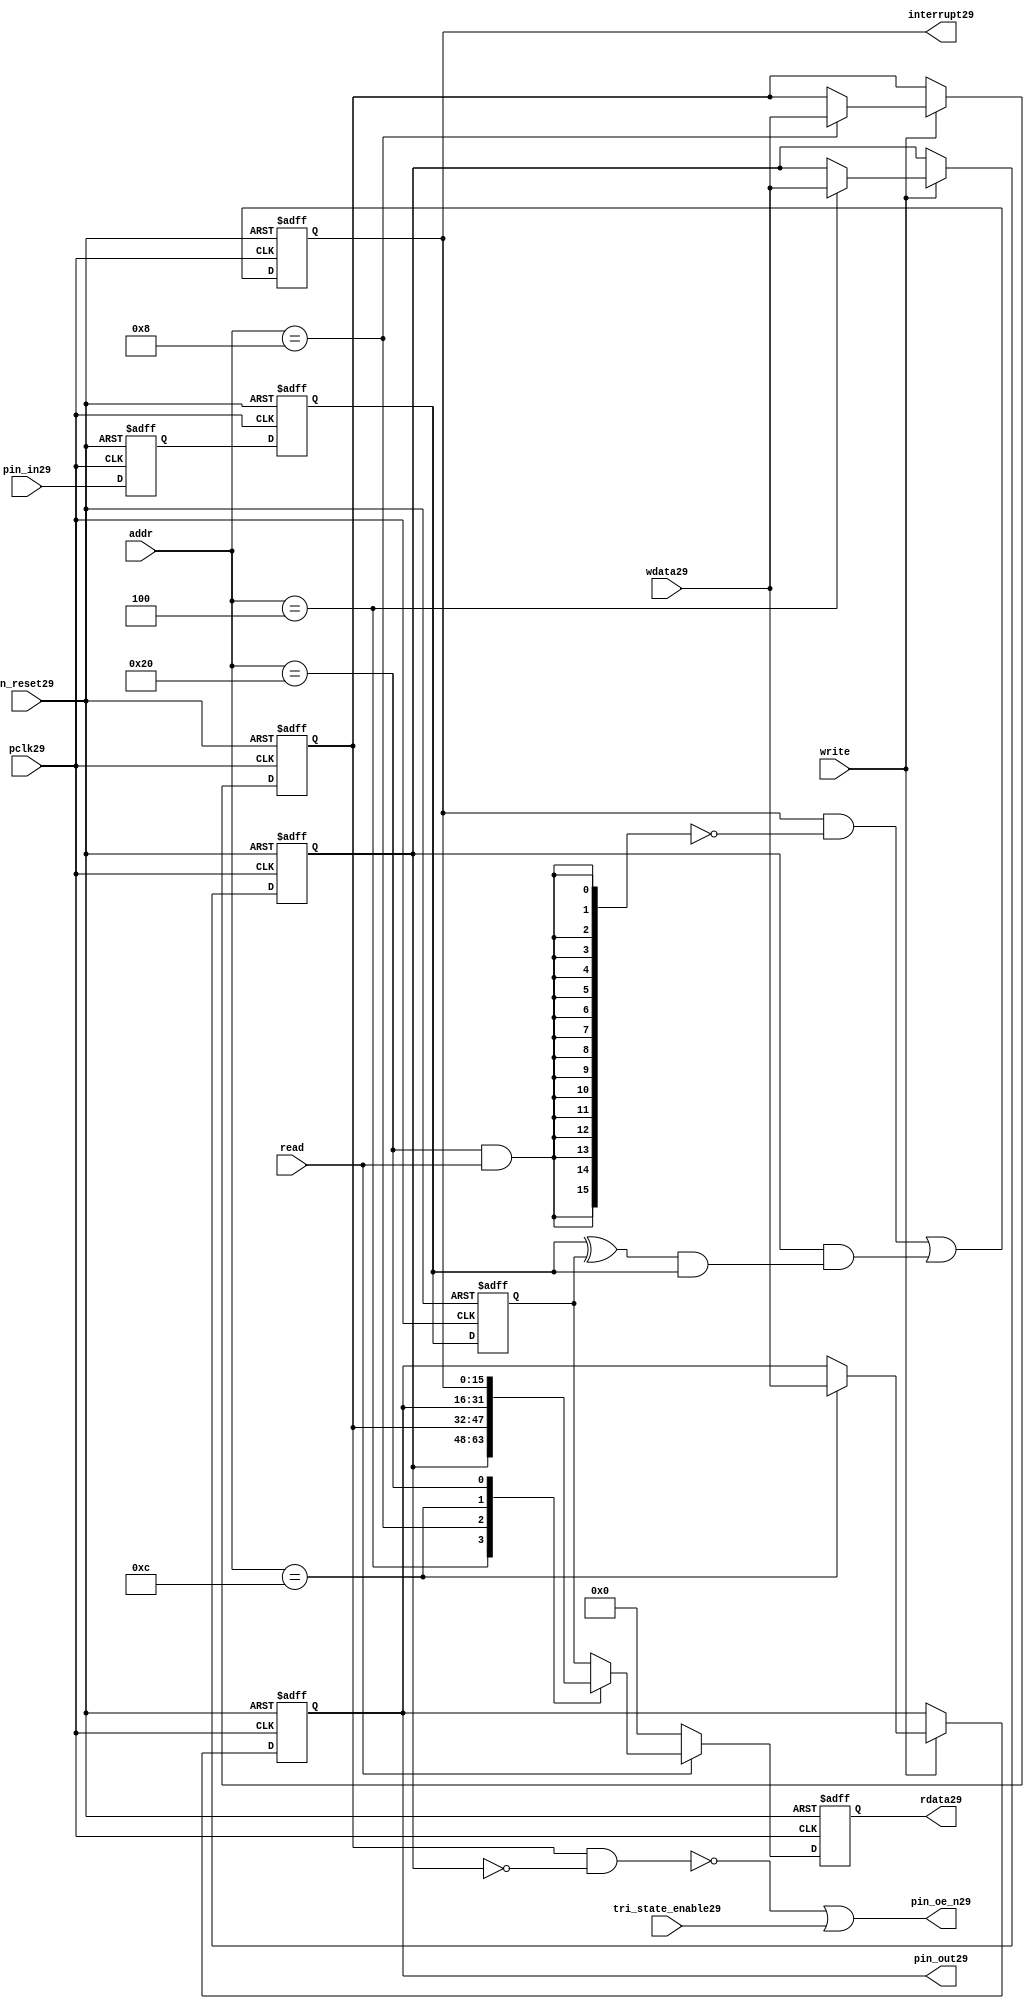
//File29 name   : gpio_lite_subunit29.v
//Title29       : 
//Created29     : 1999
//Description29 : Parametrised29 GPIO29 pin29 circuits29
//Notes29       : 
//----------------------------------------------------------------------
//   Copyright29 1999-2010 Cadence29 Design29 Systems29, Inc29.
//   All Rights29 Reserved29 Worldwide29
//
//   Licensed29 under the Apache29 License29, Version29 2.0 (the
//   "License29"); you may not use this file except29 in
//   compliance29 with the License29.  You may obtain29 a copy of
//   the License29 at
//
//       http29://www29.apache29.org29/licenses29/LICENSE29-2.0
//
//   Unless29 required29 by applicable29 law29 or agreed29 to in
//   writing, software29 distributed29 under the License29 is
//   distributed29 on an "AS29 IS29" BASIS29, WITHOUT29 WARRANTIES29 OR29
//   CONDITIONS29 OF29 ANY29 KIND29, either29 express29 or implied29.  See
//   the License29 for the specific29 language29 governing29
//   permissions29 and limitations29 under the License29.
//----------------------------------------------------------------------


module gpio_lite_subunit29(
  //Inputs29

  n_reset29,
  pclk29,

  read,
  write,
  addr,

  wdata29,
  pin_in29,

  tri_state_enable29,

  //Outputs29
 
  interrupt29,

  rdata29,
  pin_oe_n29,
  pin_out29

);
 
   // Inputs29
   
   // Clocks29   
   input n_reset29;            // asynch29 reset, active low29
   input pclk29;               // Ppclk29

   // Controls29
   input read;               // select29 GPIO29 read
   input write;              // select29 GPIO29 write
   input [5:0] 
         addr;               // address bus of selected master29

   // Dataflow29
   input [15:0]
         wdata29;              // GPIO29 Input29
   input [15:0]
         pin_in29;             // input data from pin29

   //Design29 for Test29 Inputs29
   input [15:0]
         tri_state_enable29;   // disables29 op enable -> Z29




   
   // Outputs29
   
   // Controls29
   output [15:0]
          interrupt29;         // interupt29 for input pin29 change

   // Dataflow29
   output [15:0]
          rdata29;             // GPIO29 Output29
   output [15:0]
          pin_oe_n29;          // output enable signal29 to pin29
   output [15:0]
          pin_out29;           // output signal29 to pin29
   



   
   // Registers29 in module

   //Define29 Physical29 registers in amba_unit29
   reg    [15:0]
          direction_mode29;     // 1=Input29 0=Output29              RW
   reg    [15:0]
          output_enable29;      // Output29 active                 RW
   reg    [15:0]
          output_value29;       // Value outputed29 from reg       RW
   reg    [15:0]
          input_value29;        // Value input from bus          R
   reg    [15:0]
          int_status29;         // Interrupt29 status              R

   // registers to remove metastability29
   reg    [15:0]
          s_synch29;            //stage_two29
   reg    [15:0]
          s_synch_two29;        //stage_one29 - to ext pin29
   
   
    
          
   // Registers29 for outputs29
   reg    [15:0]
          rdata29;              // prdata29 reg
   wire   [15:0]
          pin_oe_n29;           // gpio29 output enable
   wire   [15:0]
          pin_out29;            // gpio29 output value
   wire   [15:0]
          interrupt29;          // gpio29 interrupt29
   wire   [15:0]
          interrupt_trigger29;  // 1 sets29 interrupt29 status
   reg    [15:0]
          status_clear29;       // 1 clears29 interrupt29 status
   wire   [15:0]
          int_event29;          // 1 detects29 an interrupt29 event

   integer ia29;                // loop variable
   


   // address decodes29
   wire   ad_direction_mode29;  // 1=Input29 0=Output29              RW
   wire   ad_output_enable29;   // Output29 active                 RW
   wire   ad_output_value29;    // Value outputed29 from reg       RW
   wire   ad_int_status29;      // Interrupt29 status              R
   
//Register addresses29
//If29 modifying29 the APB29 address (PADDR29) width change the following29 bit widths29
parameter GPR_DIRECTION_MODE29   = 6'h04;       // set pin29 to either29 I29 or O29
parameter GPR_OUTPUT_ENABLE29    = 6'h08;       // contains29 oe29 control29 value
parameter GPR_OUTPUT_VALUE29     = 6'h0C;       // output value to be driven29
parameter GPR_INPUT_VALUE29      = 6'h10;       // gpio29 input value reg
parameter GPR_INT_STATUS29       = 6'h20;       // Interrupt29 status register

//Reset29 Values29
//If29 modifying29 the GPIO29 width change the following29 bit widths29
//parameter GPRV_RSRVD29            = 32'h0000_0000; // Reserved29
parameter GPRV_DIRECTION_MODE29  = 32'h00000000; // Default to output mode
parameter GPRV_OUTPUT_ENABLE29   = 32'h00000000; // Default 3 stated29 outs29
parameter GPRV_OUTPUT_VALUE29    = 32'h00000000; // Default to be driven29
parameter GPRV_INPUT_VALUE29     = 32'h00000000; // Read defaults29 to zero
parameter GPRV_INT_STATUS29      = 32'h00000000; // Int29 status cleared29



   //assign ad_bypass_mode29    = ( addr == GPR_BYPASS_MODE29 );   
   assign ad_direction_mode29 = ( addr == GPR_DIRECTION_MODE29 );   
   assign ad_output_enable29  = ( addr == GPR_OUTPUT_ENABLE29 );   
   assign ad_output_value29   = ( addr == GPR_OUTPUT_VALUE29 );   
   assign ad_int_status29     = ( addr == GPR_INT_STATUS29 );   

   // assignments29
   
   assign interrupt29         = ( int_status29);

   assign interrupt_trigger29 = ( direction_mode29 & int_event29 ); 

   assign int_event29 = ((s_synch29 ^ input_value29) & ((s_synch29)));

   always @( ad_int_status29 or read )
   begin : p_status_clear29

     for ( ia29 = 0; ia29 < 16; ia29 = ia29 + 1 )
     begin

       status_clear29[ia29] = ( ad_int_status29 & read );

     end // for ia29

   end // p_status_clear29

   // p_write_register29 : clocked29 / asynchronous29
   //
   // this section29 contains29 all the code29 to write registers

   always @(posedge pclk29 or negedge n_reset29)
   begin : p_write_register29

      if (~n_reset29)
      
       begin
         direction_mode29  <= GPRV_DIRECTION_MODE29;
         output_enable29   <= GPRV_OUTPUT_ENABLE29;
         output_value29    <= GPRV_OUTPUT_VALUE29;
       end
      
      else 
      
       begin
      
         if (write == 1'b1) // Write value to registers
      
          begin
              
            // Write Mode29
         
            if ( ad_direction_mode29 ) 
               direction_mode29 <= wdata29;
 
            if ( ad_output_enable29 ) 
               output_enable29  <= wdata29;
     
            if ( ad_output_value29 )
               output_value29   <= wdata29;

              

           end // if write
         
       end // else: ~if(~n_reset29)
      
   end // block: p_write_register29



   // p_metastable29 : clocked29 / asynchronous29 
   //
   // This29 process  acts29 to remove  metastability29 propagation
   // Only29 for input to GPIO29
   // In Bypass29 mode pin_in29 passes29 straight29 through

   always @(posedge pclk29 or negedge n_reset29)
      
   begin : p_metastable29
      
      if (~n_reset29)
        begin
         
         s_synch29       <= {16 {1'b0}};
         s_synch_two29   <= {16 {1'b0}};
         input_value29   <= GPRV_INPUT_VALUE29;
         
        end // if (~n_reset29)
      
      else         
        begin
         
         input_value29   <= s_synch29;
         s_synch29       <= s_synch_two29;
         s_synch_two29   <= pin_in29;

        end // else: ~if(~n_reset29)
      
   end // block: p_metastable29


   // p_interrupt29 : clocked29 / asynchronous29 
   //
   // These29 lines29 set and clear the interrupt29 status

   always @(posedge pclk29 or negedge n_reset29)
   begin : p_interrupt29
      
      if (~n_reset29)
         int_status29      <= GPRV_INT_STATUS29;
      
      else 
         int_status29      <= ( int_status29 & ~(status_clear29) // read & clear
                            ) |
                            interrupt_trigger29;             // new interrupt29
        
   end // block: p_interrupt29
   
   
   // p_read_register29  : clocked29 / asynchronous29 
   //
   // this process registers the output values

   always @(posedge pclk29 or negedge n_reset29)

      begin : p_read_register29
         
         if (~n_reset29)
         
           begin

            rdata29 <= {16 {1'b0}};

           end
           
         else //if not reset
         
           begin
         
            if (read == 1'b1)
            
              begin
            
               case (addr)
            
                  
                  GPR_DIRECTION_MODE29:
                     rdata29 <= direction_mode29;
                  
                  GPR_OUTPUT_ENABLE29:
                     rdata29 <= output_enable29;
                  
                  GPR_OUTPUT_VALUE29:
                     rdata29 <= output_value29;
                  
                  GPR_INT_STATUS29:
                     rdata29 <= int_status29;
                  
                  default: // if GPR_INPUT_VALUE29 or unmapped reg addr
                     rdata29 <= input_value29;
            
               endcase
            
              end //end if read
            
            else //in not read
            
              begin // if not a valid read access, keep29 '0'-s 
              
               rdata29 <= {16 {1'b0}};
              
              end //end if not read
              
           end //end else if not reset

      end // p_read_register29


   assign pin_out29 = 
        ( output_value29 ) ;
     
   assign pin_oe_n29 = 
      ( ( ~(output_enable29 & ~(direction_mode29)) ) |
        tri_state_enable29 ) ;

                
  
endmodule // gpio_subunit29